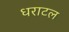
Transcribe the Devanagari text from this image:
धराटल